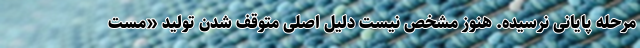
مرحله پایانی نرسیده. هنوز مشخص نیست دلیل اصلی متوقف شدن تولید «مست